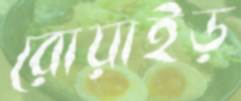
রোয়াইড়